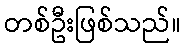
တစ်ဦးဖြစ်သည်။